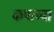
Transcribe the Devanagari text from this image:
कपाच्या